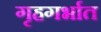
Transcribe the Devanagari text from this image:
गृहगर्भात